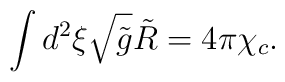
\int{d^2}\xi\sqrt{\tilde{g}}\tilde{R}=4\pi{\chi_c}.